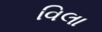
વિલા